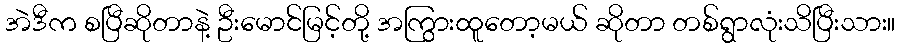
အဲဒီက စပြီဆိုတာနဲ့ ဦးမောင်မြင့်တို့ အကြွားထူတော့မယ် ဆိုတာ တစ်ရွာလုံးသိပြီးသား။